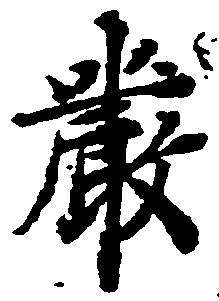
厳